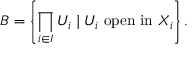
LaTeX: B = \left\{ \prod _ { i \in I } U _ { i } \mid U _ { i } { \mathrm { ~ o p e n ~ i n ~ } } X _ { i } \right\} .